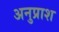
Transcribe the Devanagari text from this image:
अनुप्राश